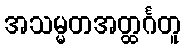
အသမ္မတအတ္ထင်္ဂတူ